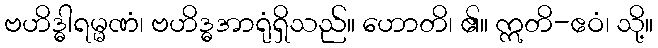
ဗဟိဒ္ဓါရမ္မဏံ၊ ဗဟိဒ္ဓအာရုံရှိသည်။ ဟောတိ၊ ၏။ ဣတိ-ဧဝံ၊ သို့။